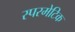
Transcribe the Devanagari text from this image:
स्परमेटिक